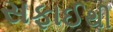
સફાઈથી